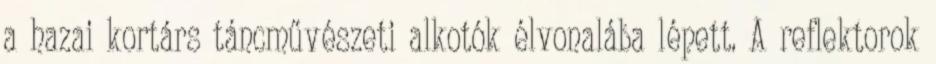
a hazai kortárs táncművészeti alkotók élvonalába lépett. A reflektorok